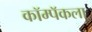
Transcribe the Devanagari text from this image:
कॉम्पॅकला